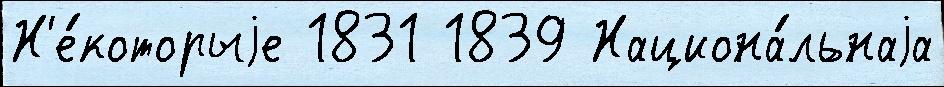
Н'е́которыjе 1831 1839 Национа́льнаjа